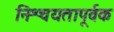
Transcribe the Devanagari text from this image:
निश्चयतापूर्वक